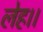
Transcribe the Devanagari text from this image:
लेह।।